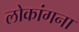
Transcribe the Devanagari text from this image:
लोकांगना